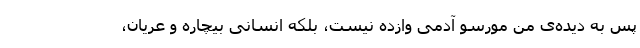
پس به دیده‌ی من مورسو آدمی وازده نیست، بلکه انسانی بیچاره و عریان،